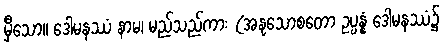
မှီသော။ ဒေါမနဿံ နာမ၊ မည်သည်ကား (အနုသောစတော ဥပ္ပန္နံ ဒေါမနဿံ၌